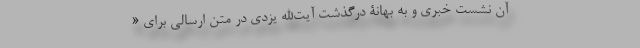
آن نشست خبری و به بهانۀ درگذشت آیت‌الله یزدی در متن ارسالی برای «